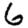
Digit: 6